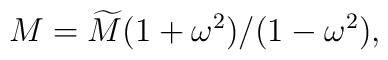
M=\widetilde{M}(1+\omega ^{2})/(1-\omega ^{2}),